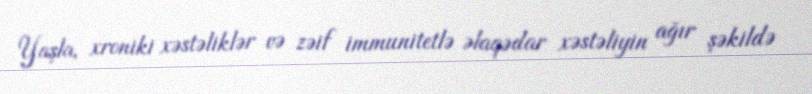
Yaşla, xroniki xəstəliklər və zəif immunitetlə əlaqədar xəstəliyin ağır şəkildə